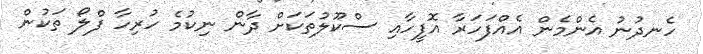
ހެނދުނު އެންމެން އެއްފަހަރާ އޮފީހާއި ސްކޫލުތަކަށް ދާން ނިކުމެ ހުރިހާ ފްލޯ ތަކުން